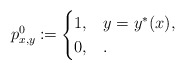
\begin{align*}p^0_{x,y}\coloneqq\begin{cases}1, & y=y^*(x),\\0, &.\end{cases}\end{align*}